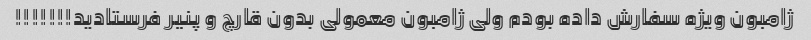
ژامبون ویژه سفارش داده بودم ولی ژامبون معمولی بدون قارچ و پنیر فرستادید!!!!!!!